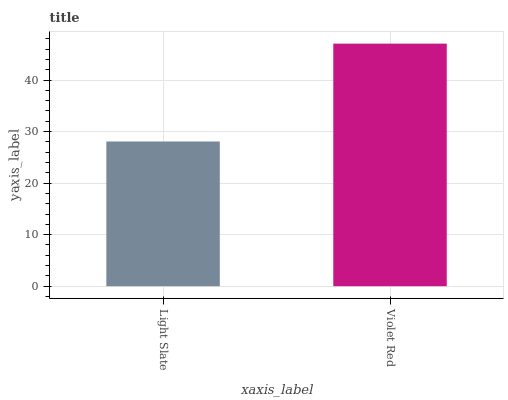
| xaxis_label | bars |
 | --- | --- |
 | Light Slate | 28.1 |
 | Violet Red | 47.1 |